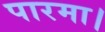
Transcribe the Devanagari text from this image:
पारमा।